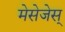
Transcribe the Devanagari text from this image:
मेसेजेस्